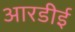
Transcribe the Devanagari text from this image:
आरडीई